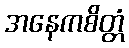
အနေကစိတ္တံ